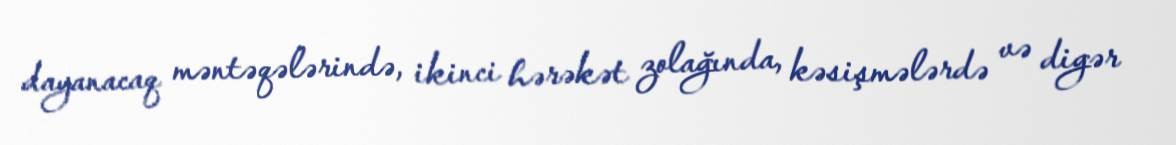
dayanacaq məntəqələrində, ikinci hərəkət zolağında, kəsişmələrdə və digər